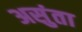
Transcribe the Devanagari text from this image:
असुंता